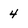
Character: 4